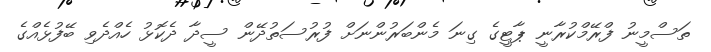
ތަސްމީނު ފްރޭމްކުރާނީ ޕާޓީގެ ގިނަ މެންބަރުންނަށް ފުރުސަތުދޭން ސީދާ ދެކޮޅު ހެއްދެވި ބޭފުޅެއްގެ